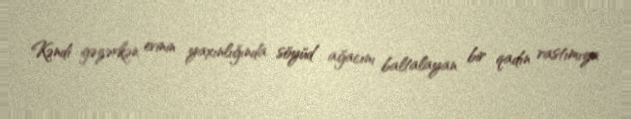
Kəndi gəzərkən evinin yaxınlığında söyüd ağacını baltalayan bir qadın rastımıza